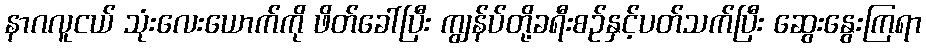
နာဂလူငယ် သုံးလေးယောက်ကို ဖိတ်ခေါ်ပြီး ကျွန်ပ်တို့ခရီးစဉ်နှင့်ပတ်သက်ပြီး ဆွေးနွေးကြရာ